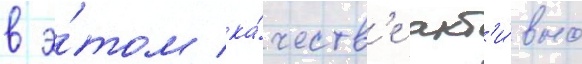
в э́том ка́честв'е акт'и́вно